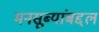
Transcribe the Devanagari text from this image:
मनसूब्यांबद्दल